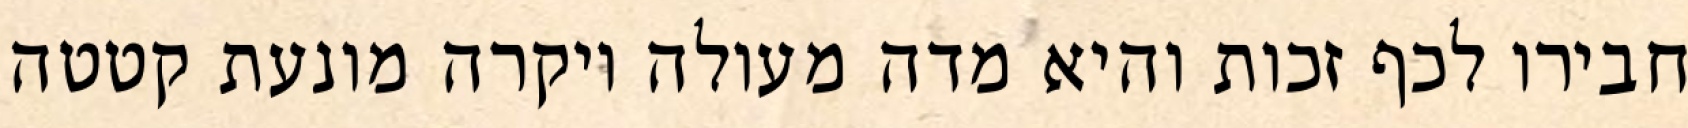
חבירו לכף זכות והיא מדה מעולה ויקרה מונעת קטטה